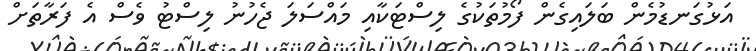
އަޅުގަނޑުމެން ބަލައިގެން ފޯމުތަކުގެ ލިސްޓަކާއި މައްސަލަ ޖެހުނު ލިސްޓު ވެސް އެ ފަރާތަށް